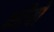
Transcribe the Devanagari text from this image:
कतैयों